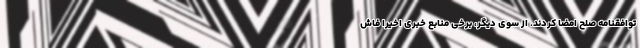
توافقنامه صلح امضا کردند. از سوی دیگر، برخی منابع خبری اخیرا فاش